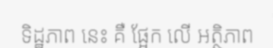
ទិដ្ឋភាព នេះ គឺ ផ្អែក លើ អត្ថិភាព